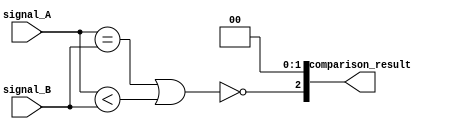
module parallel_comparator(
    input [7:0] signal_A,
    input [7:0] signal_B,
    output [2:0] comparison_result
);

    wire [7:0] equal, less_than;

    assign equal = (signal_A == signal_B);
    assign less_than = (signal_A < signal_B);

    assign comparison_result[0] = &equal;
    assign comparison_result[1] = &less_than;
    assign comparison_result[2] = ~(|equal | less_than);

endmodule